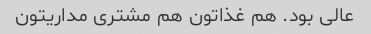
عالی بود. هم غذاتون هم مشتری مداریتون